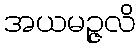
အယမဉ္ဇလိ